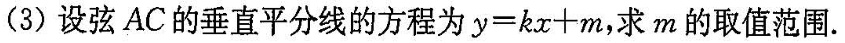
(3)设弦AC的垂直平分线的方程为$$y = k x + m$$，求m的取值范围.